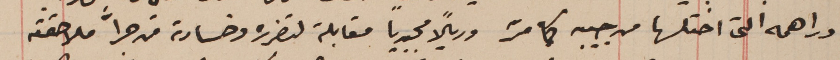
دراهمه التى اختلسها من جيبه كما مرّ وريالًا مجيدياً مقابلة لتضرره وخسارته من جرَّا ملاحقته